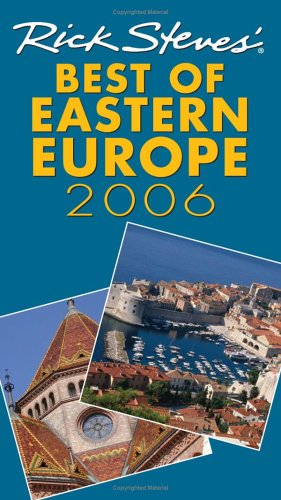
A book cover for Rick Steves' Best of Eastern Europe 2006; Rick Steves; Travel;